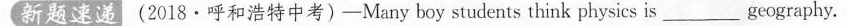
新题速递(2018·呼和浩特中考)-Many boy students think physics is___geography.